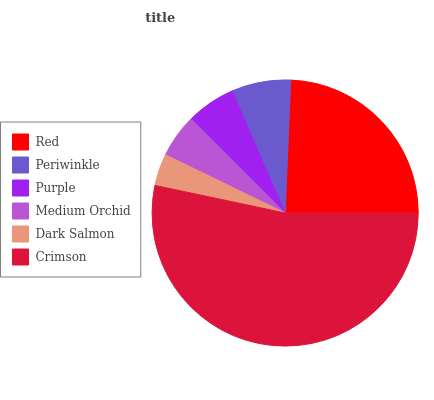
| Red | Periwinkle | Purple | Medium Orchid | Dark Salmon | Crimson |
 | --- | --- | --- | --- | --- | --- |
 | 24.3% | 7.19% | 5.98% | 5.3% | 3.88% | 53.3% |